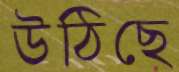
উঠিছে